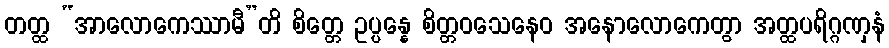
တတ္ထ “အာလောကေဿာမီ”တိ စိတ္တေ ဥပ္ပန္နေ စိတ္တဝသေနေဝ အနောလောကေတွာ အတ္ထပရိဂ္ဂဏှနံ